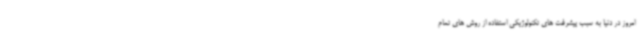
امروز در دنیا به سبب پیشرفت های تکنولوژیکی استفاده از روش های تمام